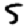
Digit: 5